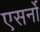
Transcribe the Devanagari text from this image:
एसर्नो